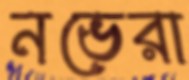
নভেরা